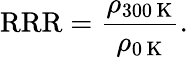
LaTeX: \mathrm{RRR}=\frac{\rho_{300\, \mathrm{K}}}{\rho_{0\, \mathrm{K}}}.